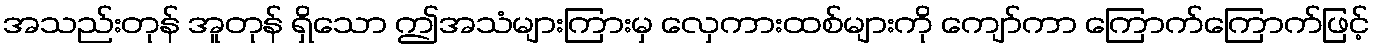
အသည်းတုန် အူတုန် ရှိသော ဤအသံများကြားမှ လှေကားထစ်များကို ကျော်ကာ ကြောက်ကြောက်ဖြင့်